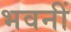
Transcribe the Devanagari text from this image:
भवनीं